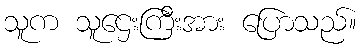
သူက သူဌေးကြီးအား ပြောသည်။